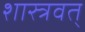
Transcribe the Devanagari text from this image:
शास्त्रवत्‌